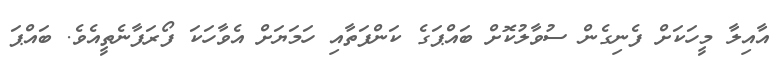
އާއިލާ މީހަކަށް ފެނިގެން ސުވާލުކޮށް ބައްޕަގެ ކަންފަތާއި ހަމަޔަށް އެވާހަކަ ފޯރަފާނެތީއެވެ. ބައްޕަ